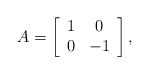
\begin{align*}A = \left[ \begin{array}{cc} 1 & 0\\ 0 & -1 \end{array} \right],\end{align*}